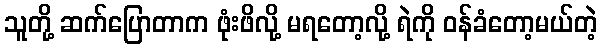
သူတို့ ဆက်ပြောတာက ဖုံးဖိလို့ မရတော့လို့ ရဲကို ဝန်ခံတော့မယ်တဲ့